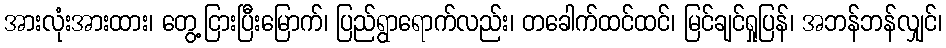
အားလုံးအားထား၊ တွေ့ငြားပြီးမြောက်၊ ပြည်ရွာရောက်လည်း၊ တခေါက်ထင်ထင်၊ မြင်ချင်ရှုပြန်၊ အဘန်ဘန်လျှင်၊